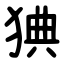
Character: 猠